Annual report of the Punjab Veterinary College and of the Civil Veterinary Department, Punjab - 1894-1908
Year: 1894
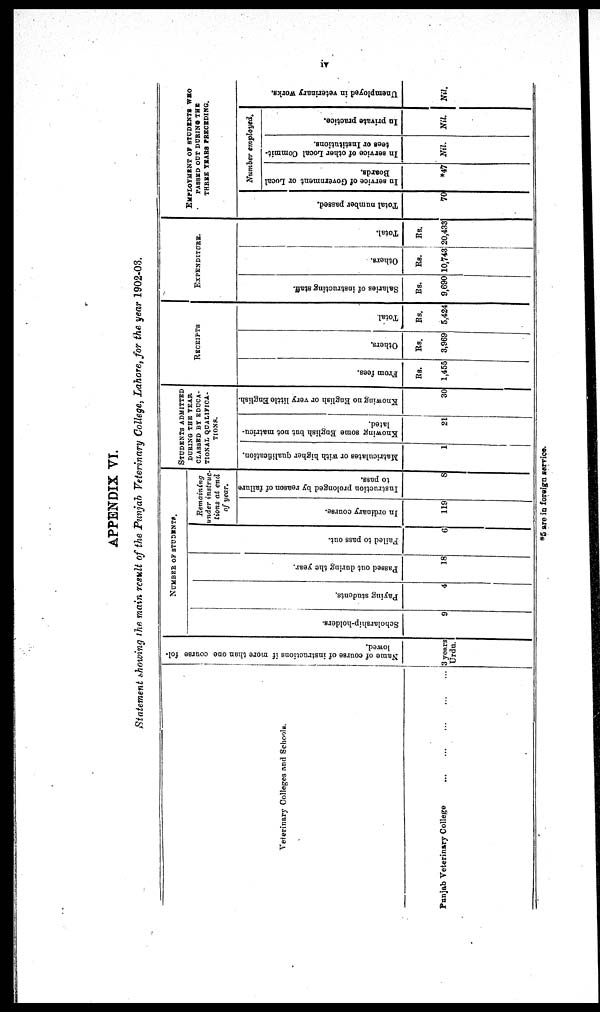
iv
APPENDIX VI.
Statement showing the main result of the Punjab Veterinary College, Lahore, for the year 1902-03.
Veterinary Colleges and Schools.
Punjab Veterinary College
…
…
…
…
…
Name of course of instructions
if more than one course fol-
lowed.
3 years
Urdu.
NUMBER OF STUDENTS.
Sc hol a r
s hi p- hol de r
s .
9
Payi ng students.
4
Pas s ed o u t d u r i n g t h e year .
18
Fai l
ed to pass out.
6
Remaining
under instruc-
tions at end
of year.
In o r d i n a r y cour s e.
119
Instruction prolonged by reason of failure
to pass.
8
STUDENTS ADMITTED
DURING THE YEAR
CLASSED BY EDUCA-
TIONAL QUALIFICA-
TIONS.
Matriculates
or with higher qualification.
1
Knowing some English, but not matricu-
lated.
21
Knowing no English or very little English.
30
RECEIPTS
Fr om fees.
Rs.
1,455
Ot her s.
Rs.
3,969
Tot al .
Rs.
5,424
EXPENDITURE.
Sal ar i
es of i
ns t
r uct i
ng staff.
Rs.
9,690
Ot her s.
Rs.
10,743
Tot al .
Rs.
20,433
EMPLOYMENT OF STUDENTS WHO
PASSED OUT DURING THE
THREE YEARS PRECEDING.
Tot al number passed.
70
Number employed.
In service of Government or Local
Boards.
*47
In service of other Local Commit-
tees or Institutions.
Nil.
In private practice.
Nil.
Un e mp lo
y e d in veterinary works.
Nil.
*5 are in foreign service.